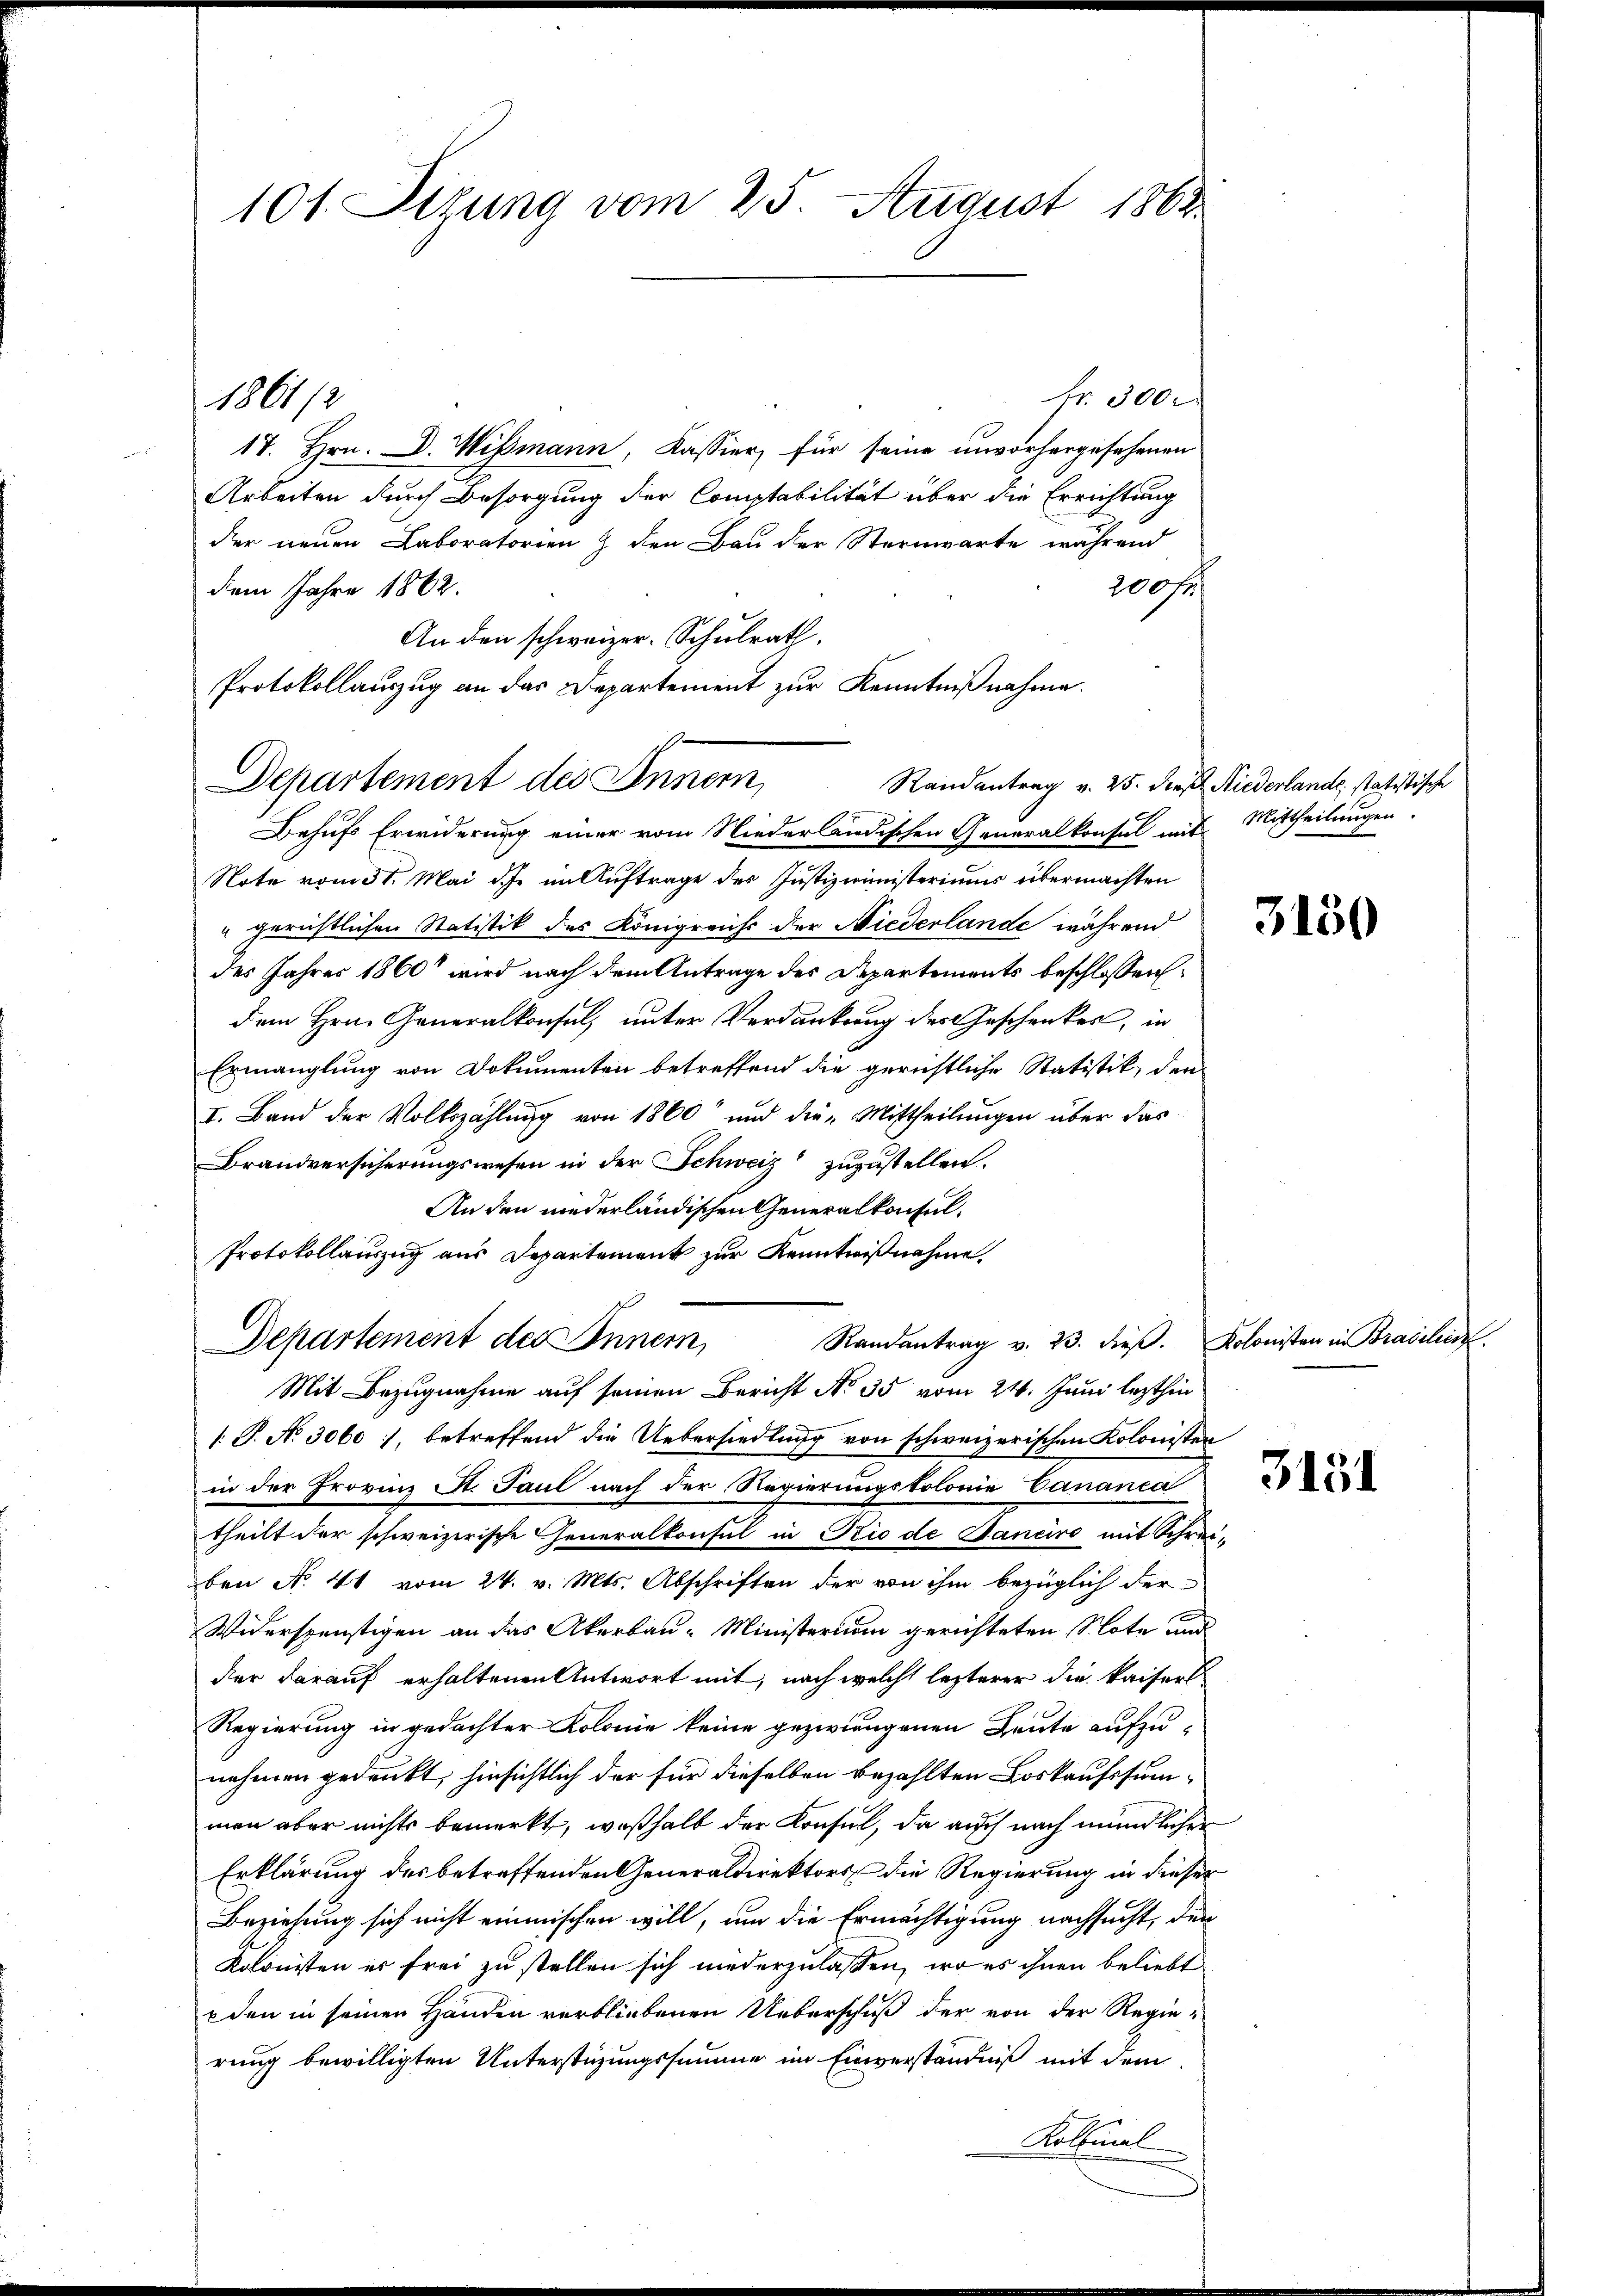
101. Sizung vom 25. August 1862.

fr. 300.
17. Hrn. D. Wismann, Kassier für seine unvorhergesehenen
Arbeiten durch Besorgung der Comptabilität über die Errichtung
der neuen Laboratorienz den Bau der Sternwarte während
200 fr
dem Jahre 1862.
An den schweizer. Schulrath,
Behufs Erwiderung einer vom Niederländischen Generalkonsul mit
Note vom 31. Mai d. im Auftrage des Justizministeriums übermachten
u gerichtlichen Statistik des Königreichs der Niederlande während
des Jahres 1860 wird nach dem Antrage des Departements beschlossen
dem Hrn. Generalkonsul, unter Verdankung des Geschenkes, in
Ermanglung von Dokumenten betreffend die gerichtliche Statistik, den
I. Band der Volkszählung von 1860 und die Mittheilungen über das
Brandversicherungswesen in der Schweiz zuzustellen.
An den niederländischen Generalkonsul¬
Protokollauszug aus Departement zur Kenntnißnahme.
Randantrag v. 23. dieβ. Kolonisten in Brasilien.
Departement des Innern,
Mit Bezugnahme auf seinen Bericht No 35 vom 24. Juni lezthin
1. P. No 3060), betreffend die Uebersiedlung von schweizerischen Kolonisten
in der Frovinz St. Paul nach der Regierungskolonie Cananca
theilt der schweizerische Generalkonsul in Rio de Janeiro mit Schrei-
ben No. 41 vom 24. v. Mts. Abschriften der von ihm bezüglich der
Widerspenstigen an das Akerbau-Ministerium gerichteten Note und
der darauf erhaltenen Antwort mit, nach welche lezterer die kaisers
Regierung in gedachter Kolonie keine gezwungenen Leute aufzunehmen gedankt, hinsichtlich der für dieselben bezahlten Loskaufssummen aber nichts bemerkt, weßhalb der Konsul, da auch nach mündlicher
Erklärung des betreffenden Generaldirektors die Regierung in dieser
Beziehung sich nicht einmischen will, um die Ermächtigung nachsucht, den
Kolonisten er frei zu stellen sich niederzulassen, wo es ihnen beliebt
den in seinen Händen verbliebenen Ueberschuß der von der Regie-
rung bewilligten Unterstüzungssumme im Einverständniß mit dem
Kollmal

1861/2

Protokollauszug an das Departement zur Kenntnißnahme.
Departement des Annem

Randantrag v. 25. dies Niederlande, statistische
Mittheilungen.

2

3150

3151